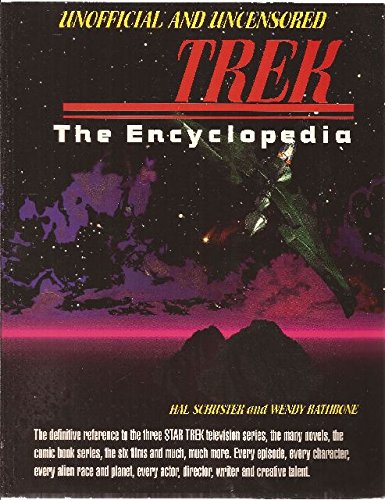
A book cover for Trek: The Encyclopedia; Hal Schuster; Reference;